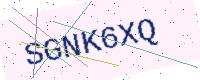
Text: SGNK6XQ